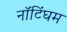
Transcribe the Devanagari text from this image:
नाॅटिंघम